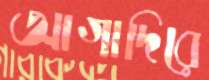
আগাদিরে